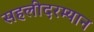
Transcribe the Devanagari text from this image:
सहलीदरम्यान